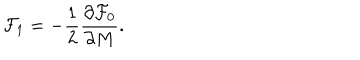
{ \cal F } _ { 1 } = - \frac { 1 } { 2 } \frac { \partial { \cal F } _ { 0 } } { \partial M } .